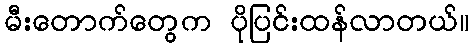
မီးတောက်တွေက ပိုပြင်းထန်လာတယ်။